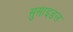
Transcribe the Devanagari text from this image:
सुसाइडल